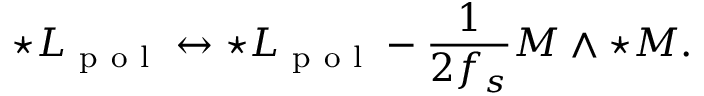
\star { \cal L } _ { \mathrm { ~ p ~ o ~ l ~ } } \leftrightarrow \star { \cal L } _ { \mathrm { ~ p ~ o ~ l ~ } } - \frac { 1 } { 2 f _ { s } } { \cal M } \wedge { \star \cal M } .